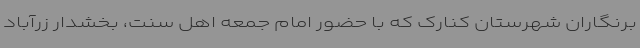
برنگاران شهرستان کنارک که با حضور امام جمعه اهل سنت، بخشدار زرآباد